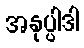
အနုပ္ပါဒါ